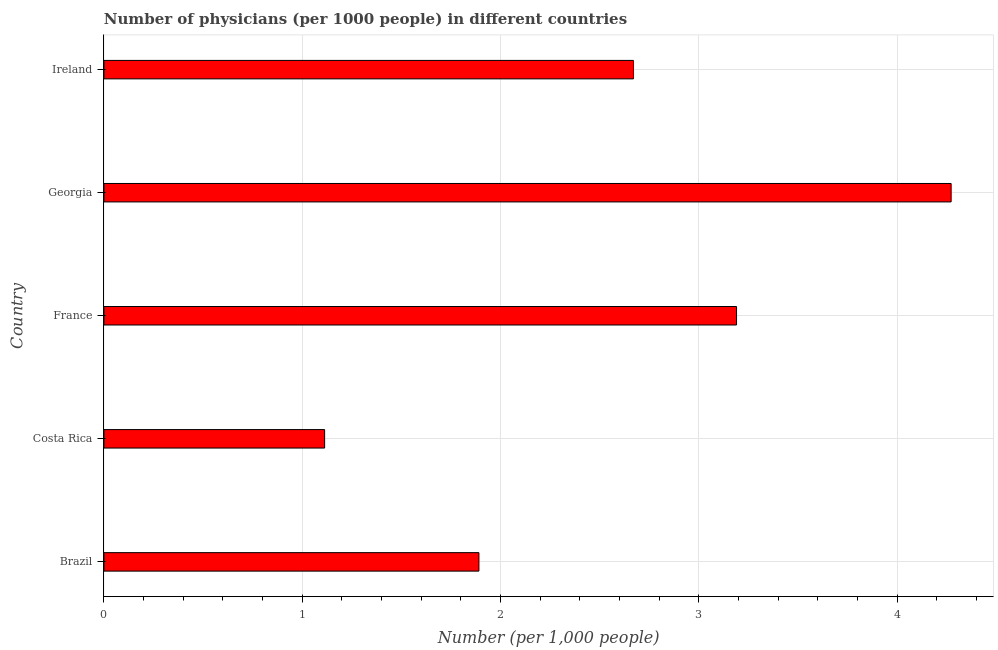
| Country | Physicians |
 | --- | --- |
 | Brazil | 1.89 |
 | Costa Rica | 1.11 |
 | France | 3.19 |
 | Georgia | 4.27 |
 | Ireland | 2.67 |